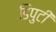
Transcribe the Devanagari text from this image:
डिपुटी